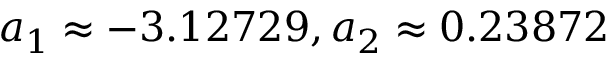
a _ { 1 } \approx - 3 . 1 2 7 2 9 , a _ { 2 } \approx 0 . 2 3 8 7 2